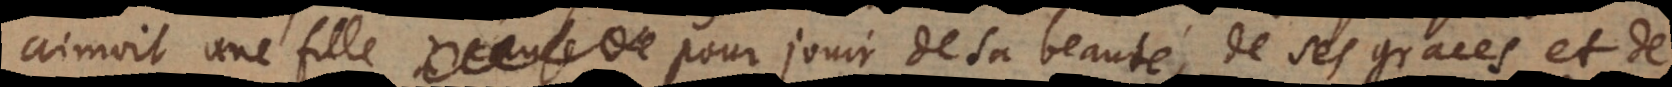
aimoit une fille pour jouir de sa beauté, de ses graces et de